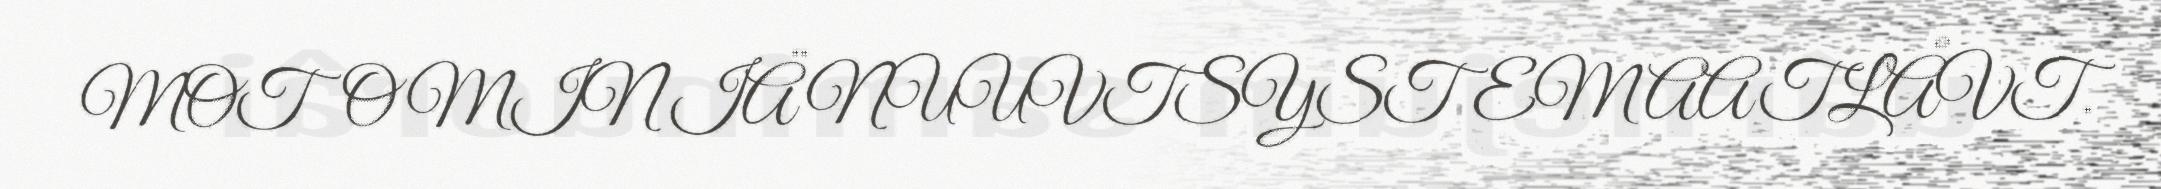
MOTOMIN IÄ NUUVTSYSTEMAATLÅVT.